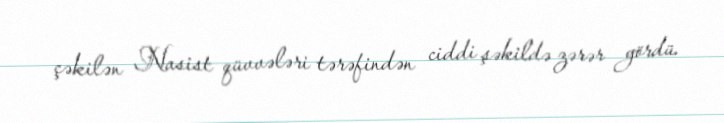
çəkilən Nasist qüvvələri tərəfindən ciddi şəkildə zərər gördü.